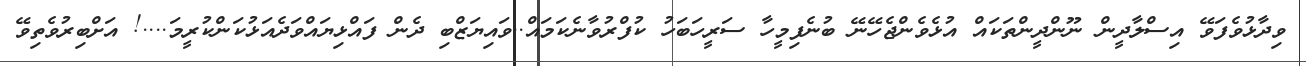
ވިދާޅުވެފަވޭ އިސްލާދީން ނޫންދީންތަކައް އުޅެވެންޖެހޭނޭ ބުނެފިމީހާ ސަރީހަބަހު ކުފްރުވާނެކަމައް..ވައިޔަޒްބި ދެން ފައްޅިޔައްވަދެއަޅުކަންކުރީމަ....! އަށްބިރުވެތިވޭ